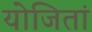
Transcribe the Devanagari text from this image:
योजितां